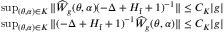
\begin{array} { r l } & { \operatorname* { s u p } _ { ( \theta , \alpha ) \in K } \| \widehat { W } _ { g } ( \theta , \alpha ) ( - \Delta + H _ { \mathrm { f } } + 1 ) ^ { - 1 } \| \leq C _ { K } | g | } \\ & { \operatorname* { s u p } _ { ( \theta , \alpha ) \in K } \| ( - \Delta + H _ { \mathrm { f } } + 1 ) ^ { - 1 } \widehat { W } _ { g } ( \theta , \alpha ) \| \leq C _ { K } | g | } \end{array}